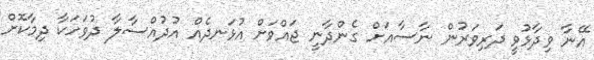
އޭނާ ވިދާޅުވީ ދަރިވަރުން ނާސާއަށް ގެންދާނީ ޖައްވަށް އުޅަނދެއް އުދުއްސާލާ ދުވަހަކާ ދިމާކޮށް